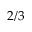
2 / 3